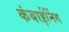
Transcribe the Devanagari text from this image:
कंबाईनिंग